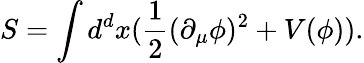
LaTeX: S=\int d^{d}x(\frac{1}{2}(\partial_{\mu}\phi)^{2}+V(\phi)).